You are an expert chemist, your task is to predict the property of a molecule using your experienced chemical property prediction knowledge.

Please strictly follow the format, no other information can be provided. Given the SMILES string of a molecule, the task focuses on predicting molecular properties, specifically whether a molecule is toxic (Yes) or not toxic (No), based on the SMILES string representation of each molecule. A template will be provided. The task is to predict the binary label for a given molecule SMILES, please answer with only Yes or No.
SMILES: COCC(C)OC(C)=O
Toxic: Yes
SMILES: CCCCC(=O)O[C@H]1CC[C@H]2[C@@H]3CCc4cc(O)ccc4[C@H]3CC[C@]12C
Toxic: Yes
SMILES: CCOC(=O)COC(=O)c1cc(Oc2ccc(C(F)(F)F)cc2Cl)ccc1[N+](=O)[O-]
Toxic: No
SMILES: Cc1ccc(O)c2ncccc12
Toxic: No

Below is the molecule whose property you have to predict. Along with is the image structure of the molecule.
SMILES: CC(C)(O)C(=O)c1ccc(OCCO)cc1
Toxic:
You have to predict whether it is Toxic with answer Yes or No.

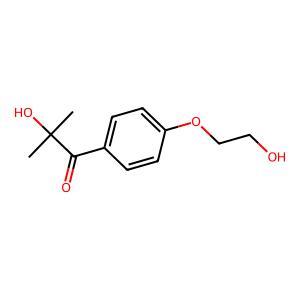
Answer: No